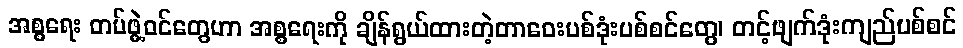
အစ္စရေး တပ်ဖွဲ့ဝင်တွေဟာ အစ္စရေးကို ချိန်ရွယ်ထားတဲ့တာဝေးပစ်ဒုံးပစ်စင်တွေ၊ တင့်ဖျက်ဒုံးကျည်ပစ်စင်